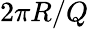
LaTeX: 2\pi R/Q